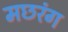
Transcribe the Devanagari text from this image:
मछरंग